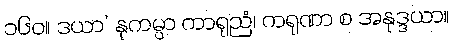
၁၆၀။ ဒယာ’ နုကမ္ပာ ကာရုညံ၊ ကရုဏာ စ အနုဒ္ဒယာ။